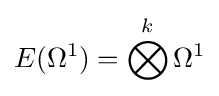
E(\Omega ^{1})=\bigotimes ^{k}\Omega ^{1}